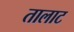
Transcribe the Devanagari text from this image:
तालाट